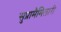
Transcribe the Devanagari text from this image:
सुप्रामैमिलारी